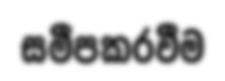
සමීපකරවීම